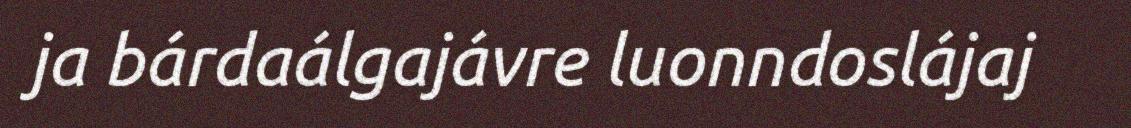
ja bárdaálgajávre luonndoslájaj